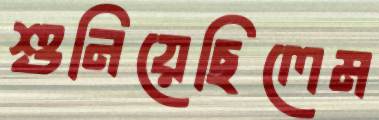
শুনিয়েছিলেম